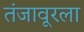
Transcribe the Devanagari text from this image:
तंजावूरला